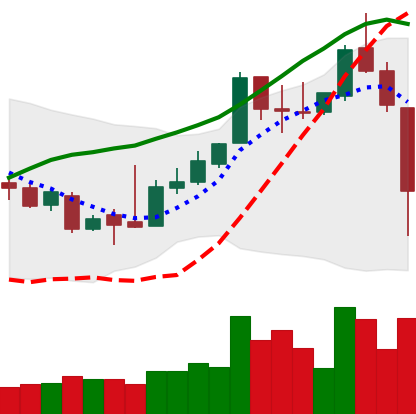
Ticker: XLM-USD
Chart end date: 2018-11-14
Forward return: -3.704%
Label: down_3_5